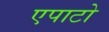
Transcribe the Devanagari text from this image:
एपाटो